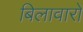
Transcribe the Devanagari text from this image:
बिलावारों